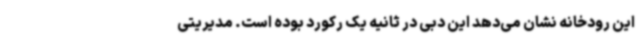
این رودخانه نشان می‌دهد این دبی در ثانیه یک رکورد بوده است. مدیریتی